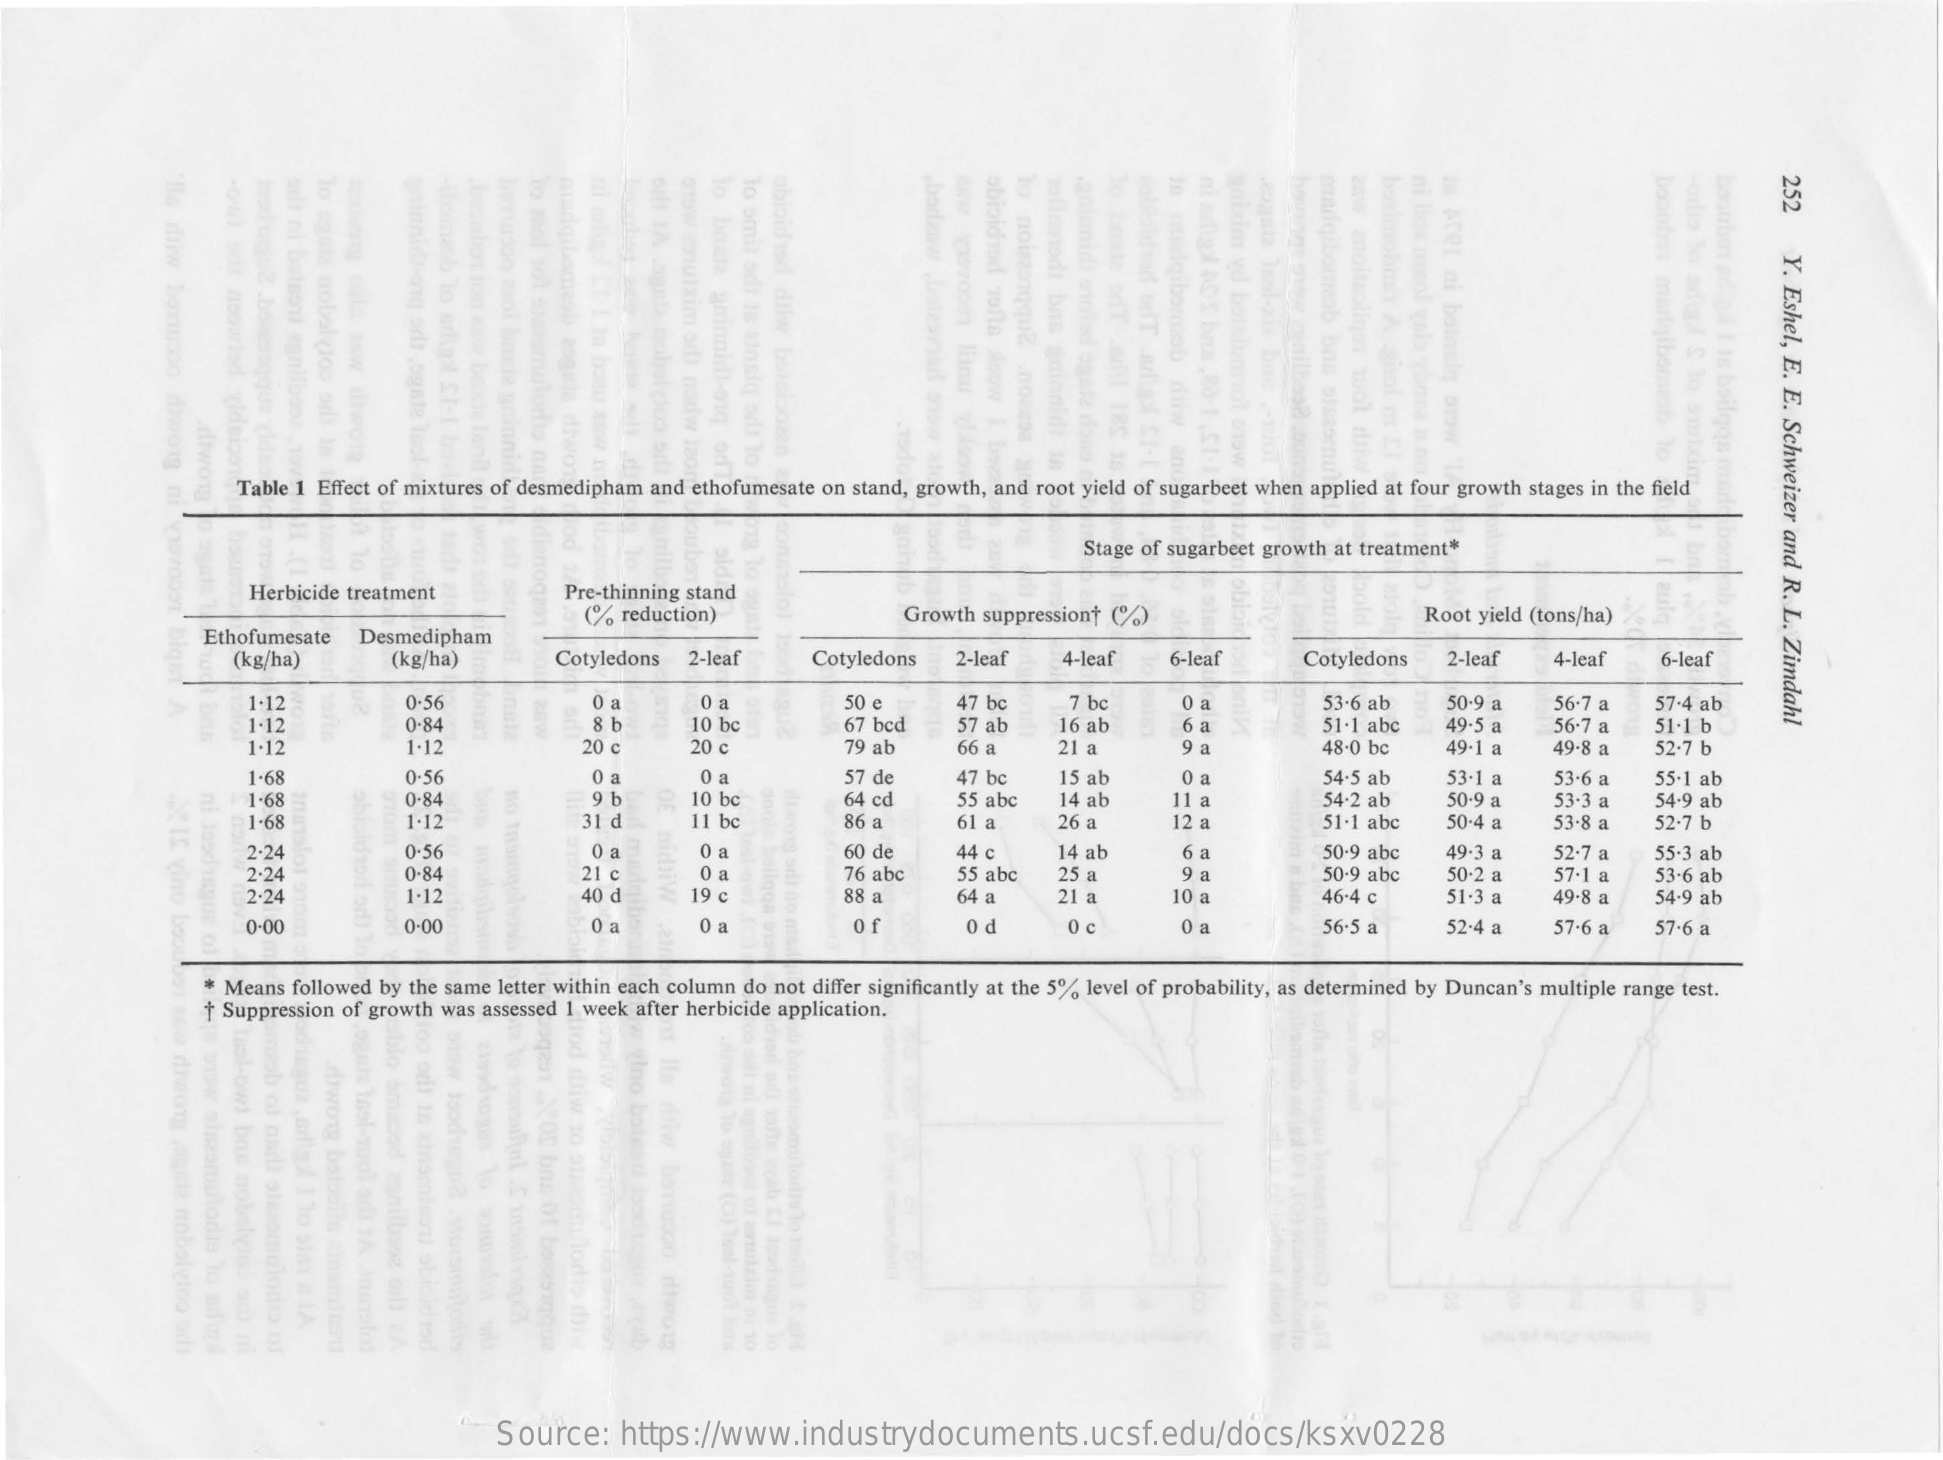
252
     boonbos
     is
     Aret
     ni
     margibor gaizim
     v
     obioichod
     10118
     To
     omit
     adi
     18
     madgibom
     Y.
     Eshel,
     E.
     E.
     Schweizer
     and
     R.
     L.
     Zimdahl
     Table 1 Effect of mixtures of desmedipham and ethofumesate on stand, growth, and root yield of sugarbeet when applied at four growth stages in the field
     Stage of sugarbeet growth at treatment*
     Herbicide treatment    Pre-thinning stand
     (%  reduction)    Growth suppressiont (%)    Root yield (tons/ha)
     Ethofumesate  Desmedipham
     6-leaf (kg/ha) (kg/ha) Cotyledons 2-leaf Cotyledons 2-leaf 4-leaf 6-leaf Cotyledons 2-leaf 4-leaf
     1-12    0-56    0 a    0 a    50 e    47 bc    7 bc    0 a    53-6 ab    50-9 a   56-7 a   57-4 ab
     1-12    0-84    8 b    10 bc    67 bed    57 ab    16 ab    6 a    51-1 abc   49.5 a    56.7 a   51-1 b
     1-12    1-12    20 c    20 c    79 ab    66 a    21 a    9 a    48-0 bc    49-1 a   49.8 a   52-7 b
     0-56    0 a    0 a    57 de    47 bc    15 ab    0 a    54-5 ab    53-1 a   53.6 a   55-1 ab 1-68
     1-68    0-84    9 b    10 bc    64 cd    55 abc   14 ab    11 a    54-2 ab    50-9 a   53.3 a   54-9 ab
     52-7 b 1-68 1-12 31 d 11 bc 86 a 61 a 26 a 12 a 51-1 abc 50-4 a 53.8 a
     2.24    0.56    0 a    0 a    60 de    44 c    14 ab    6 a    50-9 abc   49.3 a   52.7 a   55-3 ab
     2.24    0-84    21 c    0 a    76 abc    55 abc   25 a    9 a    50-9 abc    50-2 a   57.1 a   53-6 ab
     2.24    1.12    40 d    19 c    88 a    64 a    21 a    10 a    46-4 c    51.3 a   49.8 a   54-9 ab
     0:00    0.00    0 a    0 a    0 1    0 d    0 c    0 a    56-5 a    52.4 a   57.6 a   57-6 a
     * Means followed by the same letter within each column do not differ significantly at the 5% level of probability, as determined by Duncan's multiple range test.
     + Suppression of growth was assessed 1 week after herbicide application.
     Source:    https://www.industrydocuments.ucsf.edu/docs/ksxv0228